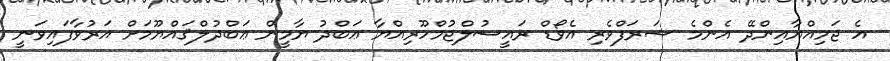
އެ ޖަމިއްޔާއިންދޭ އެންމެ ޝަރަފްވެރި އެވޯޑް ރައީސުލްޖުމްހޫރިއްޔާ ޢަބްދު ޔާމީން ޢަބްދުލްޤައްޔޫމަށް އަރުވާފައިވަނީ